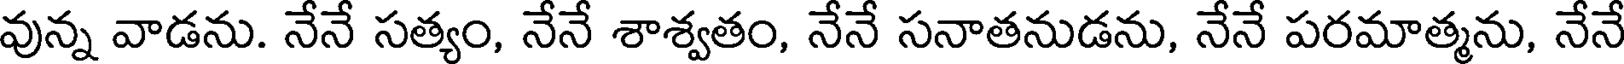
వున్న వాడను. నేనే సత్యం, నేనే శాశ్వతం, నేనే సనాతనుడను, నేనే పరమాత్మను, నేనే